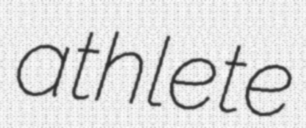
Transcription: athlete